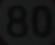
(80